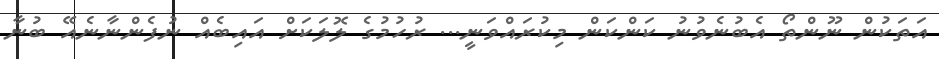
އަތަކުން ނޫންތޯ އެބުނެވުނު ކަންކަން މިކުރައްވަނީ... ރުހުމުގެ ލޮލަކަށް އައިބެއް ނުފެންނާނެއޭ ބުނާ